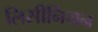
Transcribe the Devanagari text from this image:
लिसीनियन